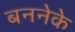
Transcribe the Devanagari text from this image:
बननेके